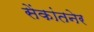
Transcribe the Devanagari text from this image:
सेंकांतनेर